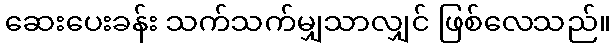
ဆေးပေးခန်း သက်သက်မျှသာလျှင် ဖြစ်လေသည်။